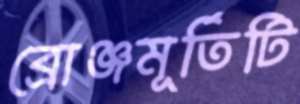
ব্রোঞ্জমূর্তিটি